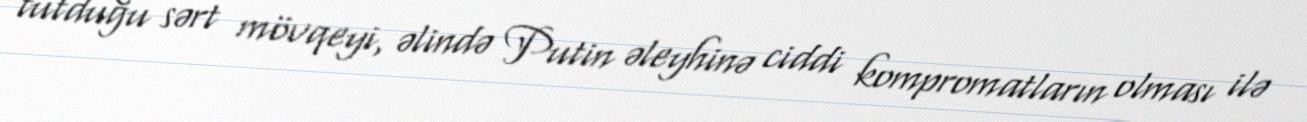
tutduğu sərt mövqeyi, əlində Putin əleyhinə ciddi kompromatların olması ilə